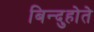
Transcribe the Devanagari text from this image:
बिन्दुहोते